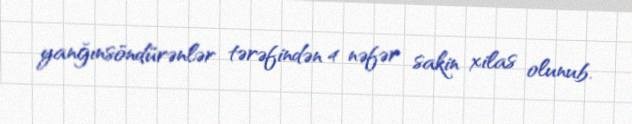
yanğınsöndürənlər tərəfindən 4 nəfər sakin xilas olunub.